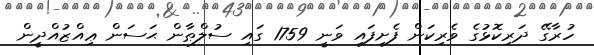
ހުރާގޭ ދަރިކޮޅުގެ ވެރިކަން ފެށިފައި ވަނީ 1759 ގައި ސުލްޠާން ޙަސަން ޢިއްޒުއްދީން